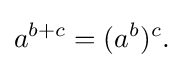
\displaystyle {a^{b+c}=(a^{b})^{c}.}